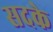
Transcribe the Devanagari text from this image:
सदके